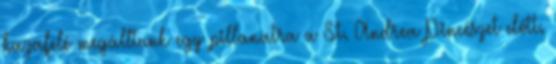
hazafelé megálltunk egy pillanatra a St. Andrea Pincészet előtt.